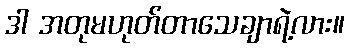
ဒါ အတုမဟုတ်တာသေချာရဲ့လား။